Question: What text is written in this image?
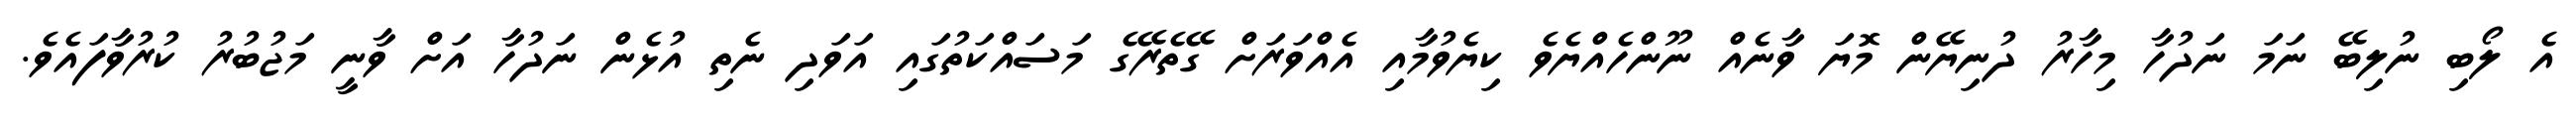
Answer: އެ ލޯބި ނުލިބޭ ނަމަ ނަދުހާ މިހާރު ދުނިޔޭން މޮޔަ ވާނެއް ނޫންހެއްޔެވެ ކިޔެވުމާއި އެއްވަރަށް ގޭތެރޭގެ މަސައްކަތުގައި އަވަދި ނެތި އުޅެން ނަދުހާ އަށް ވާނީ މަޖުބުރު ކުރުވާފައެވެ.